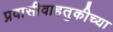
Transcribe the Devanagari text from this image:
प्रवासीवाहतुकीच्या